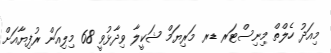
މިއަދު ހެލްތް މިނިސްޓަރ ޑރ މަރިޔަމް ޝަކީލާ ވިދާޅުވީ 68 މިލިއަން ރުފިޔާއަށް